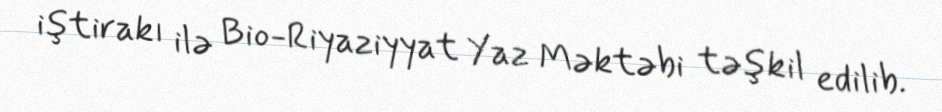
iştirakı ilə Bio-Riyaziyyat Yaz Məktəbi təşkil edilib.